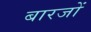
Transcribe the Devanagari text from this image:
बारजों